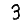
Digit: 3